Supplement to the account of plague administration in the Bombay Presidency from September 1896 till May 1897
Year: 1896
Disease focus: Plague
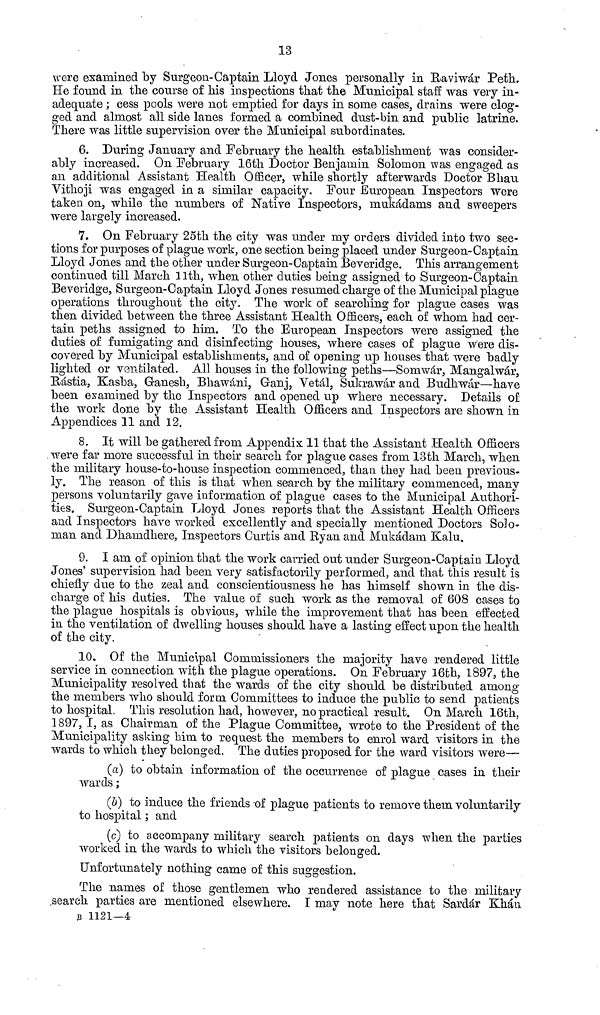
13
were examined by Surgeon-Captain Lloyd Jones personally in Raviwár Peth.
He found in the course of his inspections that the Municipal staff was very in-
adequate ; cess pools were not emptied for days in some cases, drains were clog-
ged and almost all side lanes formed a combined dust-bin and public latrine.
There was little supervision over the Municipal subordinates.
6. During January and February the health establishment was consider-
ably increased. On February 16th Doctor Benjamin Solomon was engaged as
an additional Assistant Health Officer, while shortly afterwards Doctor Bhau
Vithoji was engaged in a similar capacity. Four European Inspectors were
taken on, while the numbers of Native Inspectors, mukádams and sweepers
were largely increased.
7. On February 25th the city was under my orders divided into two sec-
tions for purposes of plague work, one section being placed under Surgeon-Captain
Lloyd Jones and the other under Surgeon-Captain Beveridge. This arrangement
continued till March 11th, when other duties being assigned to Surgeon-Captain
Beveridge, Surgeon-Captain Lloyd Jones resumed charge of the Municipal plague
operations throughout the city. The work of searching for plague cases was
then divided between the three Assistant Health Officers, each of whom, had cer-
tain peths assigned to him. To the European Inspectors were assigned the
duties of fumigating and disinfecting houses, where cases of plague were dis-
covered by Municipal establishments, and of opening up houses that were badly
lighted or ventilated. All houses in the following peths—Somwár, Mangalwár,
Rástía, Kasba, Ganesh, Bhawani ; Ganj, Vetál, Sukrawár and Budhwár—have
been examined by the Inspectors and opened up where necessary. Details of
the work done by the Assistant Health Officers and Inspectors are shown in
Appendices 11 and 12.
8. It will be gathered from Appendix 11 that the Assistant Health Officers
were far more successful in their search for plague cases from 13th March, when
the military house-to-house inspection commenced, than they had been previous-
ly. The reason of this is that when search by the military commenced, many
persons voluntarily gave information of plague cases to the Municipal Authori-
ties. Surgeon-Captain Lloyd Jones reports that the Assistant Health Officers
and Inspectors have worked excellently and specially mentioned Doctors Solo-
man and Dhamdhere, Inspectors Curtis and Ryan and Mukadani Kalu.
9. I am of opinion that the work carried out under Surgeon-Captain Lloyd
Jones' supervision had been very satisfactorily performed, and that this result is
chiefly due to the zeal and conscientiousness he has himself shown in the dis-
charge of his duties. The value of such work as the removal of 608 cases to
the plague hospitals is obvious, while the improvement that has been effected
in the ventilation of dwelling houses should have a lasting effect upon the health
of the city.
10. Of the Municipal Commissioners the majority have rendered little
service in connection with the plague operations. On February 16th, 1897, the
Municipality resolved that the wards of the city should be distributed among
the members who should form. Committees to induce the public to send patients
to hospital. This resolution had, however, no practical result. On March 16th,
1897, I, as Chairman of the Plague Committee, wrote to the President of the
Municipality asking him to request the members to enrol ward visitors in the
wards to which they belonged. The duties proposed for the ward visitors were—
(a) to obtain information of the occurrence of plague cases in their
wards ;
(δ) to induce the friends of plague patients to remove them voluntarily
to hospital ; and
(c) to accompany military search patients on days when the parties
worked in the wards to which the visitors belonged.
Unfortunately nothing came of this suggestion.
The names of those gentlemen who rendered assistance to the military
search parties are mentioned elsewhere. I may note here that Sardár Khan
B 1121—4